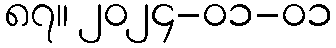
၈၇။ ၂၀၂၄-၀၁-၀၁